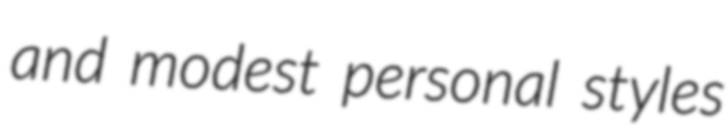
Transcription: and modest personal styles